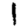
Digit: 1